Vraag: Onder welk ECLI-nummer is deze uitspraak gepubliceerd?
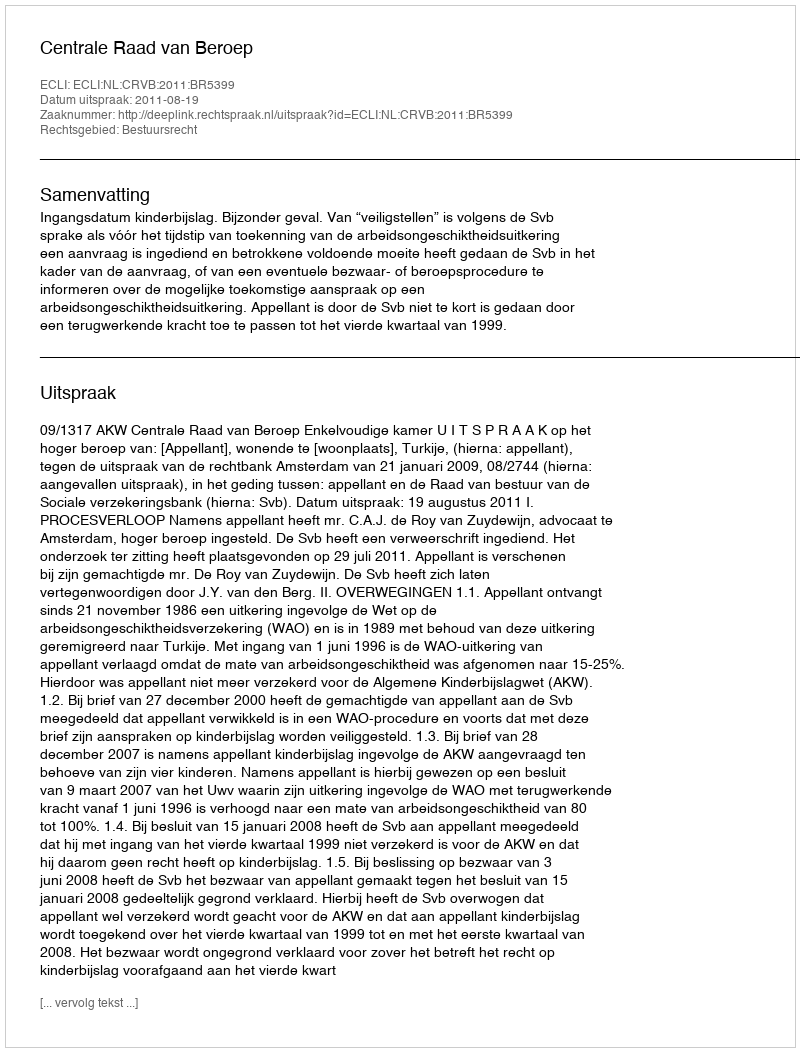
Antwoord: ECLI:NL:CRVB:2011:BR5399